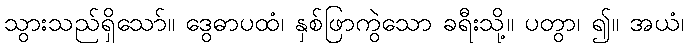
သွားသည်ရှိသော်။ ဒွေဓာပထံ၊ နှစ်ဖြာကွဲသော ခရီးသို့။ ပတွာ၊ ၍။ အယံ၊